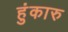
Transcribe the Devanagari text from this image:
हुंकारु